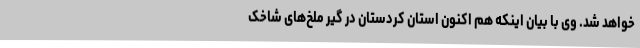
خواهد شد. وی با بیان اینکه هم اکنون استان کردستان در گیر ملخ‌های شاخک